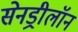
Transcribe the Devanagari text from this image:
सेनड्रीलॉन